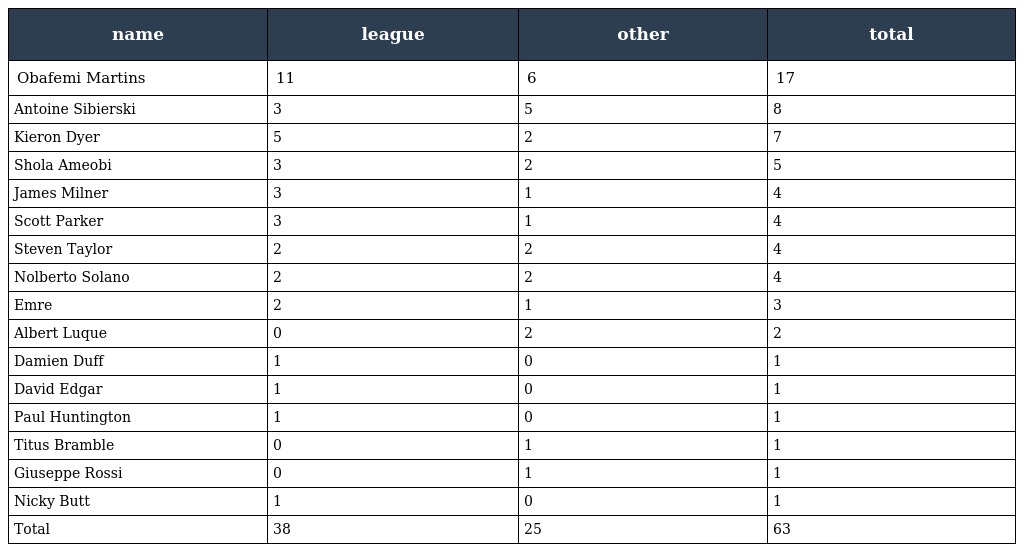
| name | league | other | total |
 | --- | --- | --- | --- |
 | Obafemi Martins | 11 | 6 | 17 |
 | Antoine Sibierski | 3 | 5 | 8 |
 | Kieron Dyer | 5 | 2 | 7 |
 | Shola Ameobi | 3 | 2 | 5 |
 | James Milner | 3 | 1 | 4 |
 | Scott Parker | 3 | 1 | 4 |
 | Steven Taylor | 2 | 2 | 4 |
 | Nolberto Solano | 2 | 2 | 4 |
 | Emre | 2 | 1 | 3 |
 | Albert Luque | 0 | 2 | 2 |
 | Damien Duff | 1 | 0 | 1 |
 | David Edgar | 1 | 0 | 1 |
 | Paul Huntington | 1 | 0 | 1 |
 | Titus Bramble | 0 | 1 | 1 |
 | Giuseppe Rossi | 0 | 1 | 1 |
 | Nicky Butt | 1 | 0 | 1 |
 | Total | 38 | 25 | 63 |